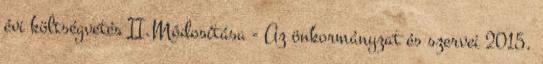
évi költségvetés II.Módosítása - Az önkormányzat és szervei 2015.